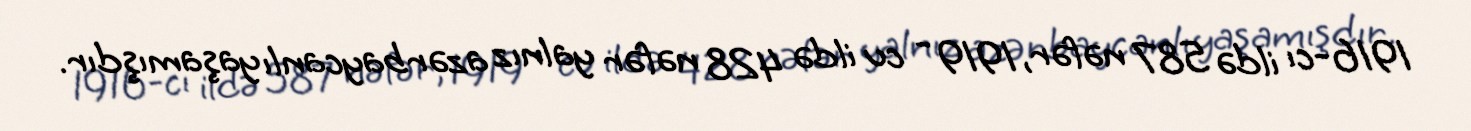
1916-cı ildə 587 nəfər, 1919 - cu ildə 428 nəfər yalnız azərbaycanlı yaşamışdır.